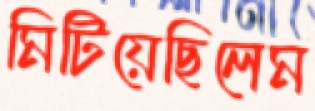
মিটিয়েছিলেম